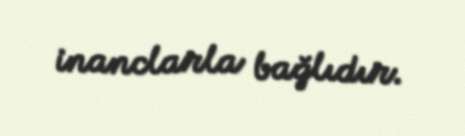
inanclarla bağlıdır.